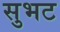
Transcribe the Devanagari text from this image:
सुभट